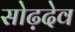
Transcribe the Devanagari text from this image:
सोढ़देव